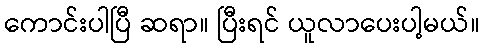
ကောင်းပါပြီ ဆရာ။ ပြီးရင် ယူလာပေးပါ့မယ်။